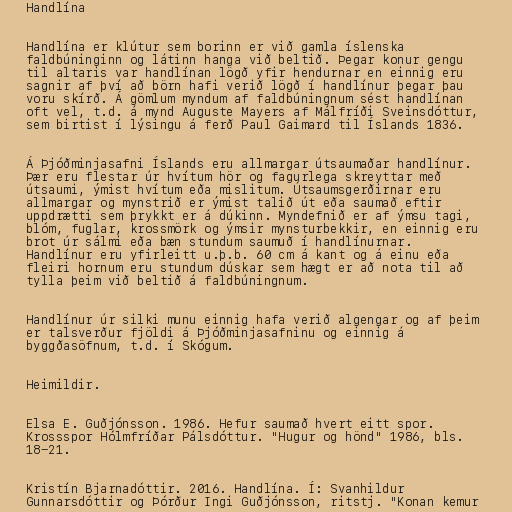
Handlína

Handlína er klútur sem borinn er við gamla íslenska
faldbúninginn og látinn hanga við beltið. Þegar konur gengu
til altaris var handlínan lögð yfir hendurnar en einnig eru
sagnir af því að börn hafi verið lögð í handlínur þegar þau
voru skírð. Á gömlum myndum af faldbúningnum sést handlínan
oft vel, t.d. á mynd Auguste Mayers af Málfríði Sveinsdóttur,
sem birtist í lýsingu á ferð Paul Gaimard til Íslands 1836.

Á Þjóðminjasafni Íslands eru allmargar útsaumaðar handlínur.
Þær eru flestar úr hvítum hör og fagurlega skreyttar með
útsaumi, ýmist hvítum eða mislitum. Útsaumsgerðirnar eru
allmargar og mynstrið er ýmist talið út eða saumað eftir
uppdrætti sem þrykkt er á dúkinn. Myndefnið er af ýmsu tagi,
blóm, fuglar, krossmörk og ýmsir mynsturbekkir, en einnig eru
brot úr sálmi eða bæn stundum saumuð í handlínurnar.
Handlínur eru yfirleitt u.þ.b. 60 cm á kant og á einu eða
fleiri hornum eru stundum dúskar sem hægt er að nota til að
tylla þeim við beltið á faldbúningnum.

Handlínur úr silki munu einnig hafa verið algengar og af þeim
er talsverður fjöldi á Þjóðminjasafninu og einnig á
byggðasöfnum, t.d. í Skógum.

Heimildir.

Elsa E. Guðjónsson. 1986. Hefur saumað hvert eitt spor.
Krossspor Hólmfríðar Pálsdóttur. "Hugur og hönd" 1986, bls.
18-21.

Kristín Bjarnadóttir. 2016. Handlína. Í: Svanhildur
Gunnarsdóttir og Þórður Ingi Guðjónsson, ritstj. "Konan kemur